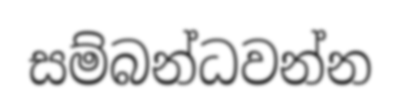
සම්බන්ධවන්න